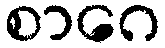
စာဂေ